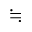
\fallingdotseq